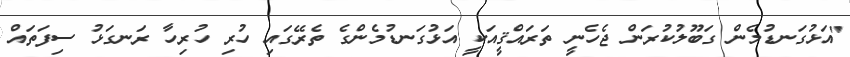
"އަޅުގަނޑުމެން ގަބޫލުކުރަން ޖެހެނީ ތަރައްޤީއަކީ އަޅުގަނޑުމެންގެ ތެރޭގައި ހުރި ހުރިހާ ރަނގަޅު ސިފަތައް